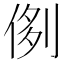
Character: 𠝓